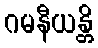
ဂမနီယန္တိ